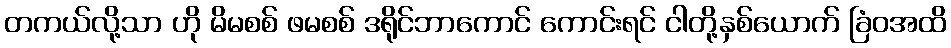
တကယ်လို့သာ ဟို မိမစစ် ဖမစစ် ဒရိုင်ဘာကောင် ကောင်းရင် ငါတို့နှစ်ယောက် ခြံဝအထိ